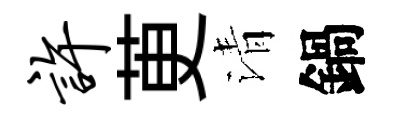
许茰清鍋